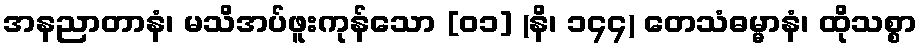
အနညာတာနံ၊ မသိအပ်ဖူးကုန်သော [၀၁] (နိ၊ ၁၄၄) တေသံဓမ္မာနံ၊ ထိုသစ္စာ